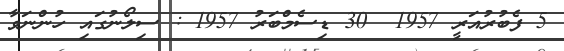
5 ފެބުރުއަރީ 1957  30 ޑިސެމްބަރު 1957 : ސިލޯނުގައި ހުންނަވާ